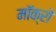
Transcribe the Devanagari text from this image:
मॉक्रो